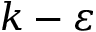
k - \varepsilon